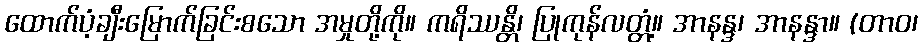
ထောက်ပံ့ချီးမြောက်ခြင်းစသော အမှုတို့ကို။ ကရိဿန္တိ၊ ပြုကုန်လတ္တံ့။ အာနန္ဒ၊ အာနန္ဒာ။ (တာဝ၊